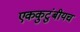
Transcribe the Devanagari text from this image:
एककुटुंबीयच